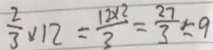
\frac { 2 } { 3 } \times 1 2 = \frac { 1 2 \times 2 } { 3 } = \frac { 2 7 } { 3 } = 9